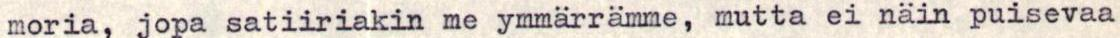
moria, jopa satiiriakin me ymmärrämme, mutta ei näin puisevaa